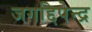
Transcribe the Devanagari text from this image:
जगद्दिपेन्द्र